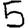
Digit: 5